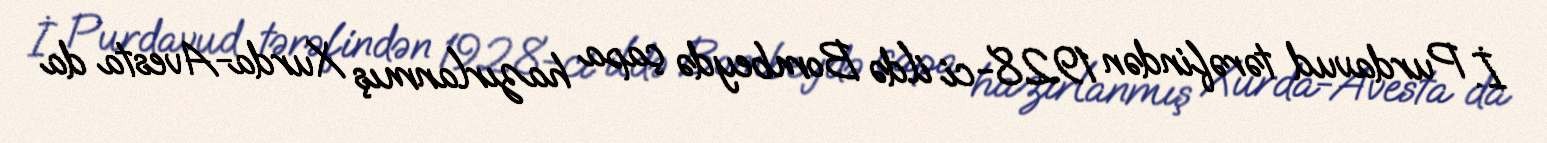
İ. Purdavud tərəfindən 1928-ci ildə Bombeydə çapa hazırlanmış Xurda-Avesta da